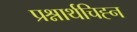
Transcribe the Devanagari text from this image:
प्रश्नार्थचिह्न